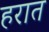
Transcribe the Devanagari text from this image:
हरात